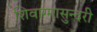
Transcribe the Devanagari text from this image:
शिवाग्मासुन्दरी